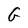
Character: G